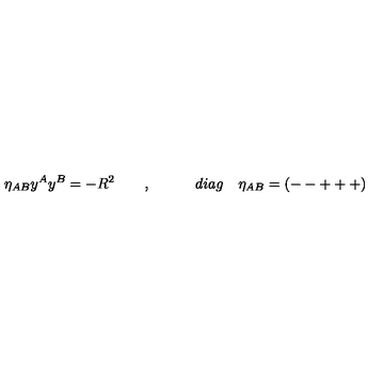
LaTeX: \eta _ { A B } y ^ { A } y ^ { B } = - R ^ { 2 } \quad \quad , \qquad \quad d i a g \quad \eta _ { A B } = ( -- + + + )